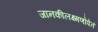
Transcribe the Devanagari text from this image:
जानकीलक्ष्मणोपेतं